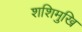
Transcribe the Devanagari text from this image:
शशिमुखि